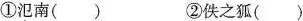
①氾南() ②佚之狐()